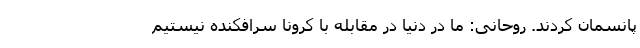
پانسمان کردند. روحانی: ما در دنیا در مقابله با کرونا سرافکنده نیستیم